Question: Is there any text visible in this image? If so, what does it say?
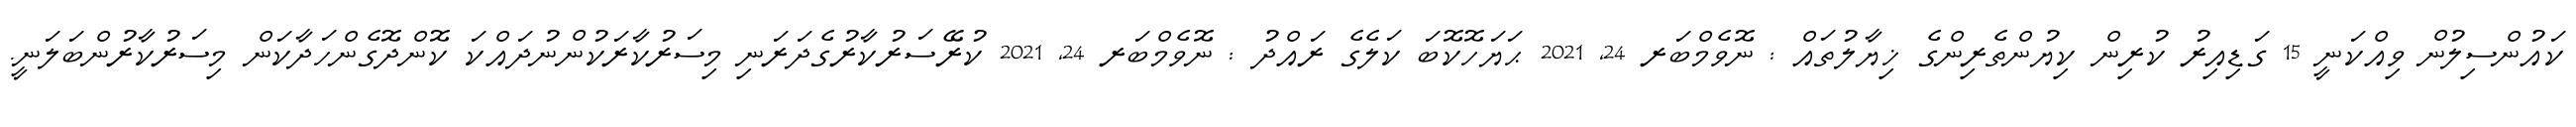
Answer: ކައުންސިލުން ވިއްކަނީ 15 ގަޑިއިރު ކުރިން ކިޔުންތެރިންގެ ޚިޔާލުތައް : ނޮވެމްބަރ 24, 2021 ޙަޔަހޮކޮބަ ކަލެގެ ރައްދު : ނޮވެމްބަރ 24, 2021 ކުރޭސަރުކާރުގެދަރަނި މިސަރުކާރަކުންނުދައްކަ ކޮންދޮގެންހަދާކަން މިސަރުކާރުންބަލަނީ.